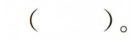
( )。